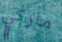
ماركي